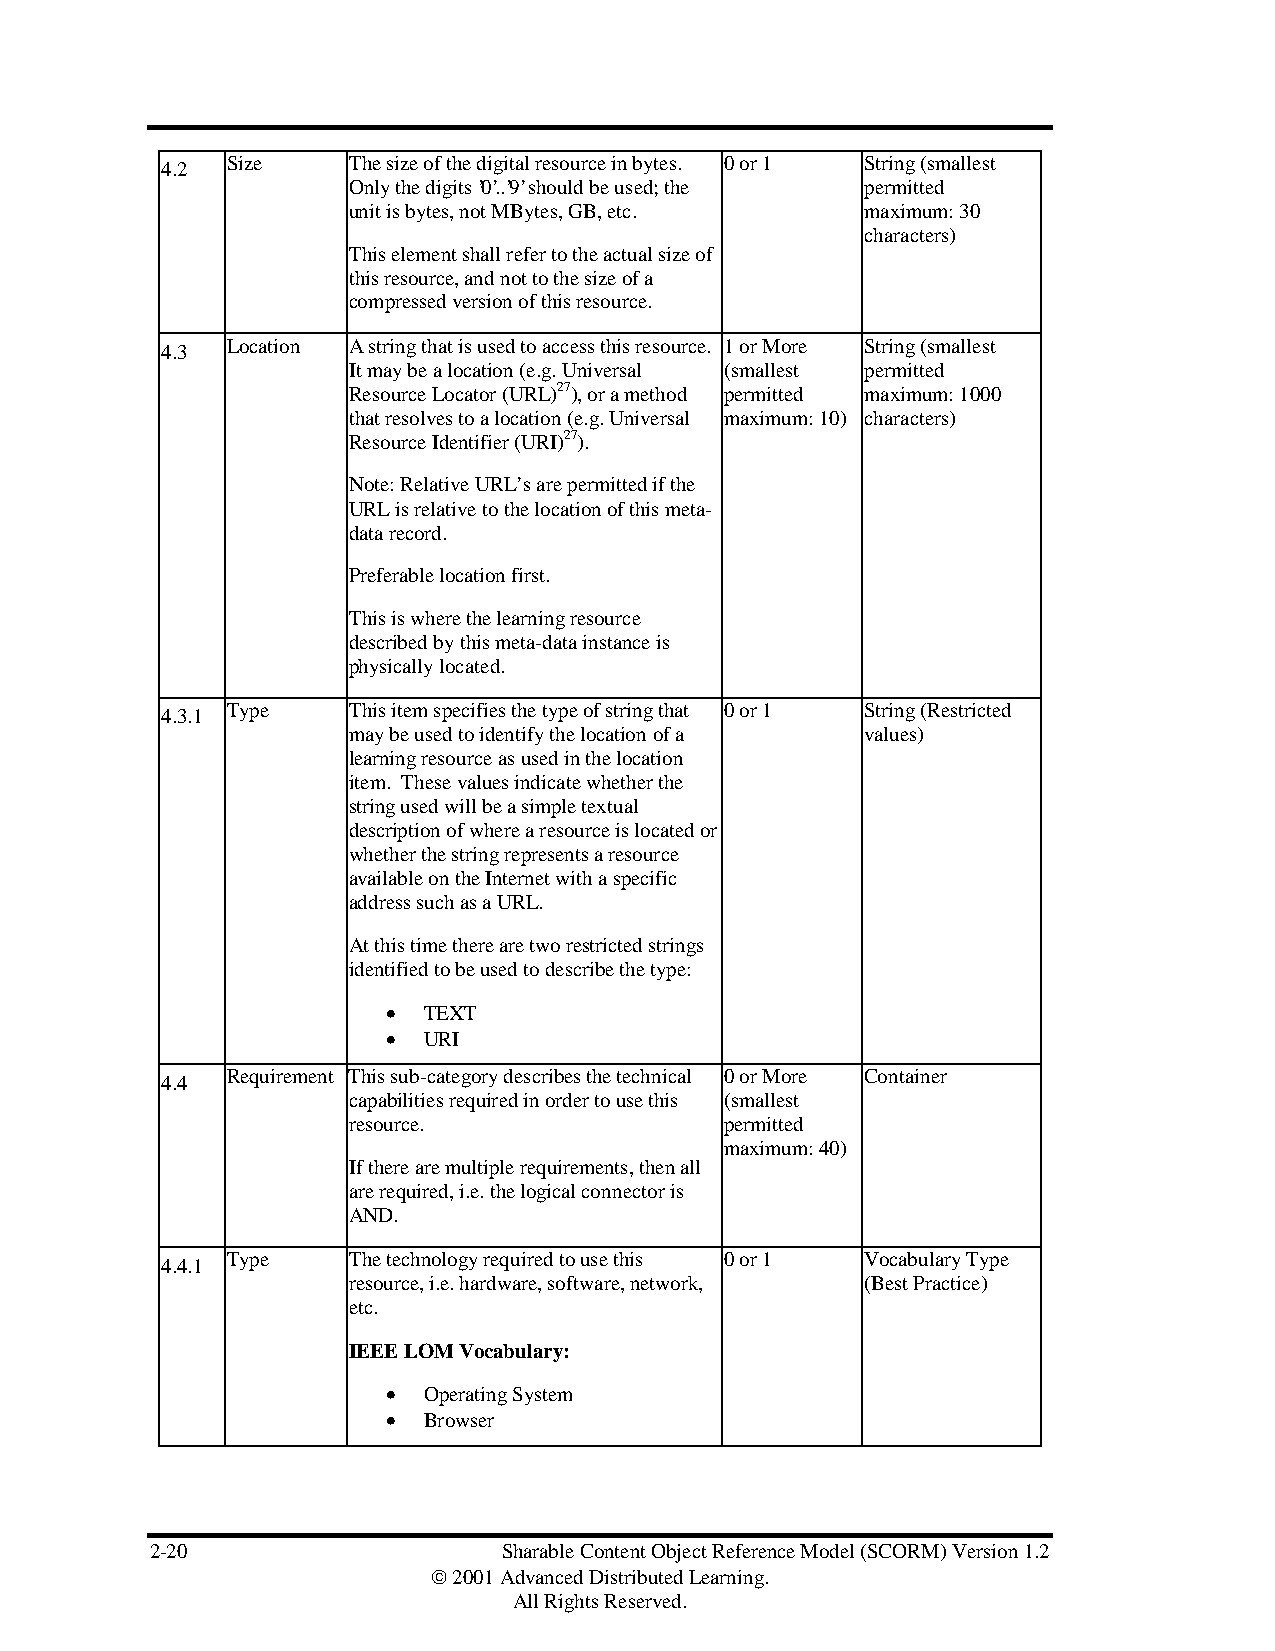
Size    The size of the digital resource in bytes. 0 or 1 String (smallest
 4.2
 Only the digits ’0’..’9’ should be used; the permitted
 unit is bytes, not MBytes, GB, etc. maximum: 30
 characters)
 This element shall refer to the actual size of
 this resource, and not to the size of a
 compressed version of this resource.
 Location A string that is used to access this resource. 1 or More String (smallest
 4.3
 It may be a location (e.g. Universal (smallest permitted
 Resource Locator (URL)27), or a method permitted maximum: 1000
 that resolves to a location (e.g. Universal maximum: 10) characters)
 Resource Identifier (URI)27).
 Note: Relative URL’s are permitted if the
 URL is relative to the location of this meta-
 data record.
 Preferable location first.
 This is where the learning resource
 described by this meta-data instance is
 physically located.
 Type    This item specifies the type of string that 0 or 1 String (Restricted
 4.3.1
 may be used to identify the location of a values)
 learning resource as used in the location
 item. These values indicate whether the
 string used will be a simple textual
 description of where a resource is located or
 whether the string represents a resource
 available on the Internet with a specific
 address such as a URL.
 At this time there are two restricted strings
 identified to be used to describe the type:
 • TEXT
 • URI
 Requirement This sub-category describes the technical 0 or More Container
 4.4
 capabilities required in order to use this (smallest
 resource.                permitted
 maximum: 40)
 If there are multiple requirements, then all
 are required, i.e. the logical connector is
 AND.
 Type    The technology required to use this 0 or 1 Vocabulary Type
 4.4.1
 resource, i.e. hardware, software, network, (Best Practice)
 etc.
 IEEE LOM Vocabulary:
 • Operating System
 • Browser
 2-20                   Sharable Content Object Reference Model (SCORM) Version 1.2
  2001 Advanced Distributed Learning.
 All Rights Reserved.